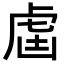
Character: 𧆣